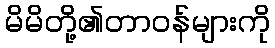
မိမိတို့၏တာဝန်များကို